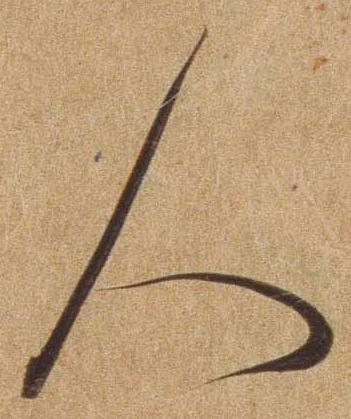
人